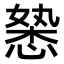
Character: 𭞉